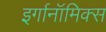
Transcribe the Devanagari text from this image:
इर्गानॉमिक्स